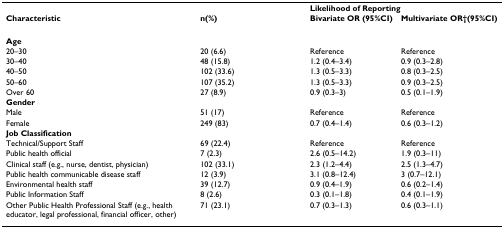
<table><thead><tr><td></td><td></td><td colspan="2"><b>Likelihood of Reporting</b></td></tr><tr><td><b>Characteristic</b></td><td><b>n(%)</b></td><td><b>Bivariate OR (95%CI)</b></td><td><b>Multivariate OR†(95%CI)</b></td></tr></thead><tbody><tr><td><b>Age</b></td><td></td><td></td><td></td></tr><tr><td>20–30</td><td>20 (6.6)</td><td>Reference</td><td>Reference</td></tr><tr><td>30–40</td><td>48 (15.8)</td><td>1.2 (0.4–3.4)</td><td>0.9 (0.3–2.8)</td></tr><tr><td>40–50</td><td>102 (33.6)</td><td>1.3 (0.5–3.3)</td><td>0.8 (0.3–2.5)</td></tr><tr><td>50–60</td><td>107 (35.2)</td><td>1.3 (0.5–3.3)</td><td>0.9 (0.3–2.5)</td></tr><tr><td>Over 60</td><td>27 (8.9)</td><td>0.9 (0.3–3)</td><td>0.5 (0.1–1.9)</td></tr><tr><td><b>Gender</b></td><td></td><td></td><td></td></tr><tr><td>Male</td><td>51 (17)</td><td>Reference</td><td>Reference</td></tr><tr><td>Female</td><td>249 (83)</td><td>0.7 (0.4–1.4)</td><td>0.6 (0.3–1.2)</td></tr><tr><td><b>Job Classification</b></td><td></td><td></td><td></td></tr><tr><td>Technical/Support Staff</td><td>69 (22.4)</td><td>Reference</td><td>Reference</td></tr><tr><td>Public health official</td><td>7 (2.3)</td><td>2.6 (0.5–14.2)</td><td>1.9 (0.3–11)</td></tr><tr><td>Clinical staff (e.g., nurse, dentist, physician)</td><td>102 (33.1)</td><td>2.3 (1.2–4.4)</td><td>2.5 (1.3–4.7)</td></tr><tr><td>Public health communicable disease staff</td><td>12 (3.9)</td><td>3.1 (0.8–12.4)</td><td>3 (0.7–12.1)</td></tr><tr><td>Environmental health staff</td><td>39 (12.7)</td><td>0.9 (0.4–1.9)</td><td>0.6 (0.2–1.4)</td></tr><tr><td>Public Information Staff</td><td>8 (2.6)</td><td>0.3 (0.1–1.8)</td><td>0.4 (0.1–1.9)</td></tr><tr><td>Other Public Health Professional Staff (e.g., health educator, legal professional, financial officer, other)</td><td>71 (23.1)</td><td>0.7 (0.3–1.3)</td><td>0.6 (0.3–1.1)</td></tr></tbody></table>